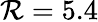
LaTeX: \mathcal{R}=5.4